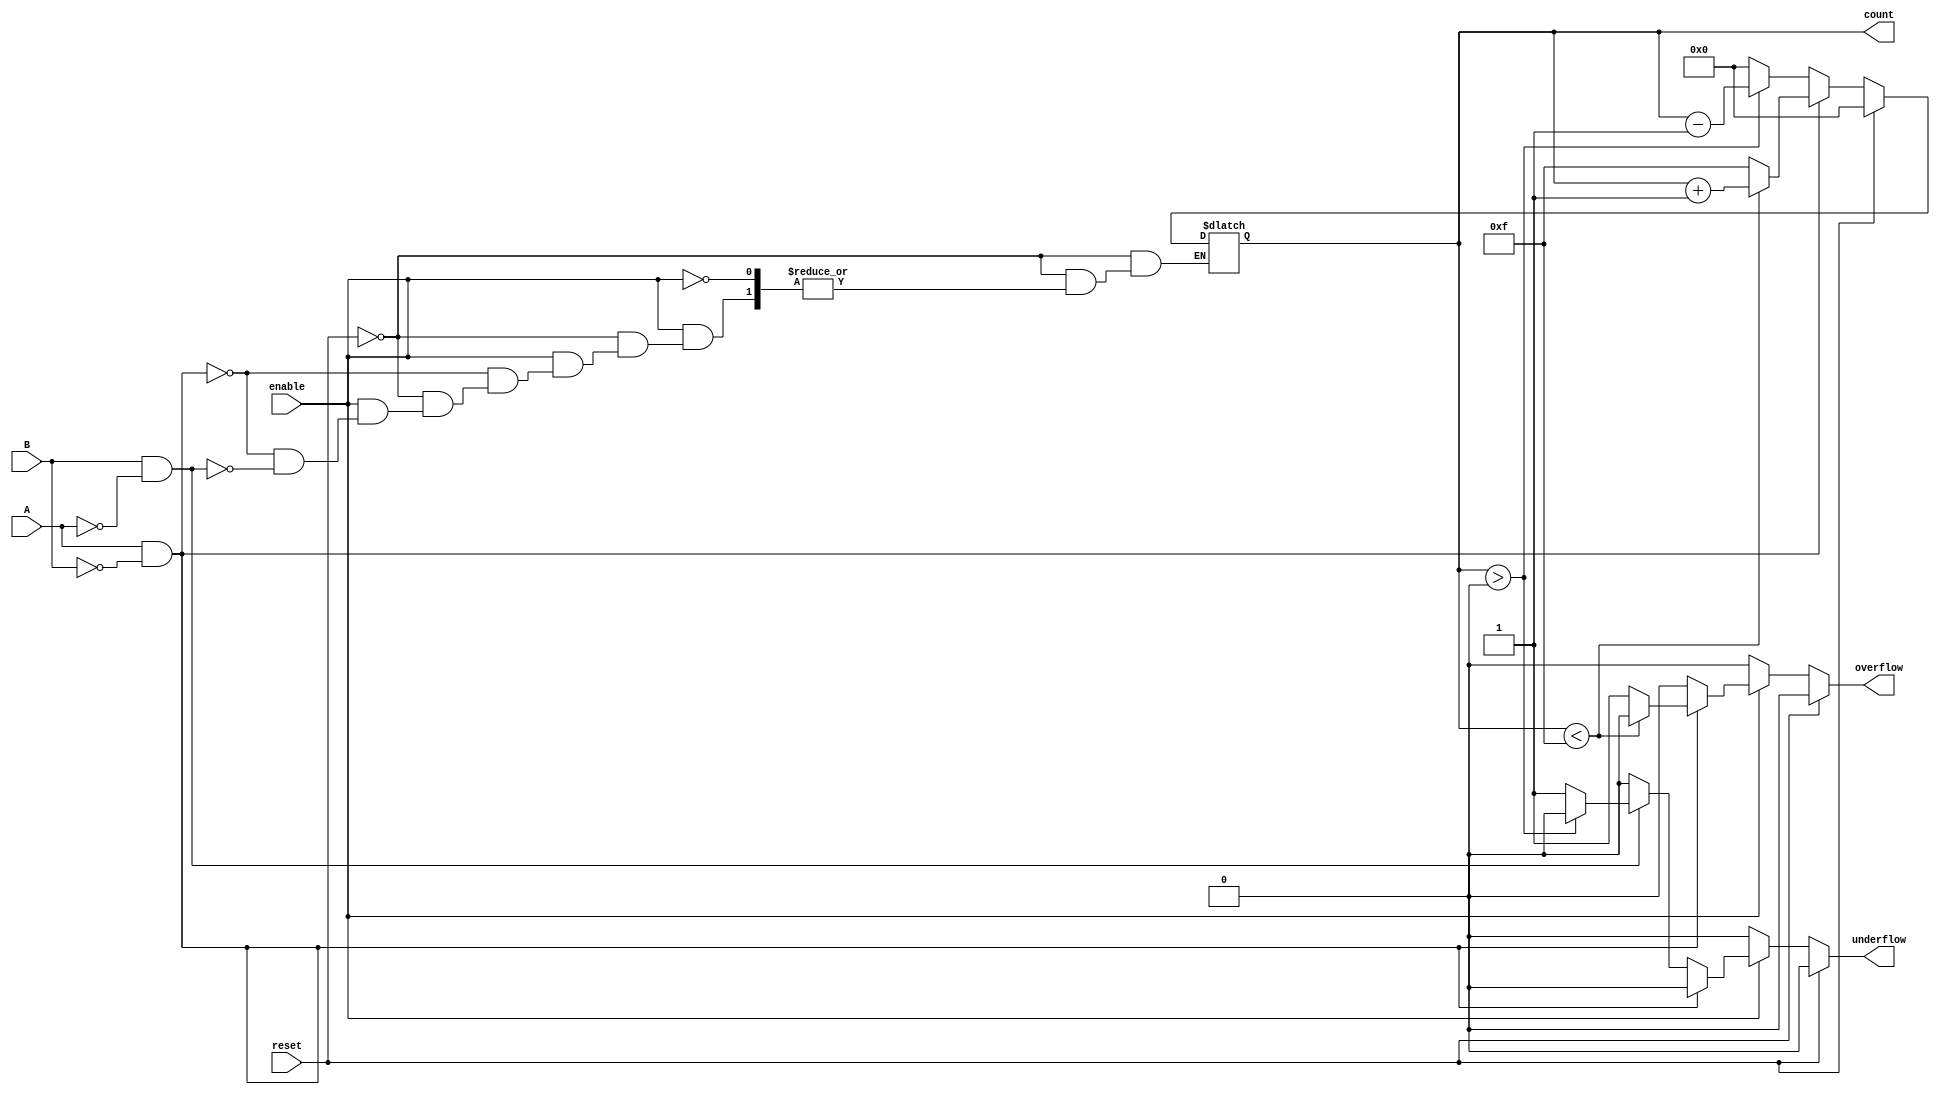
module dynamic_asynchronous_counter (
    input wire A,        // Count Up Signal
    input wire B,        // Count Down Signal
    input wire reset,    // Asynchronous Reset
    input wire enable,    // Enable Signal
    output reg [3:0] count, // 4-bit Count Value
    output reg overflow, // Overflow Flag
    output reg underflow // Underflow Flag
);

    // Parameter for maximum and minimum values
    parameter MAX_COUNT = 15; // 4-bit max value
    parameter MIN_COUNT = 0;   // 4-bit min value

    // Asynchronous reset and counting logic
    always @(*) begin
        // Initialize flags
        overflow = 0;
        underflow = 0;

        // Asynchronous Reset
        if (reset) begin
            count = MIN_COUNT; // Reset count to 0
        end else if (enable) begin
            // Count Up
            if (A && !B) begin
                if (count < MAX_COUNT) begin
                    count = count + 1;
                end else begin
                    count = MAX_COUNT; // Cap at max
                    overflow = 1; // Set overflow flag
                end
            end
            // Count Down
            else if (B && !A) begin
                if (count > MIN_COUNT) begin
                    count = count - 1;
                end else begin
                    count = MIN_COUNT; // Cap at min
                    underflow = 1; // Set underflow flag
                end
            end
            // No counting action if both signals are active or both are inactive
            else begin
                count = count; // Hold current count
            end
        end
    end

endmodule